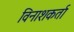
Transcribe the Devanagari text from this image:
विनाशकर्ता